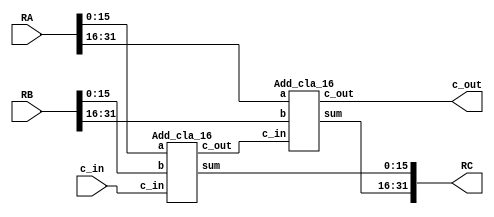
`timescale 1ns/100ps
module Add(
	output [31:0] RC,
	output c_out,
	input [31:0] RA, RB,
	input c_in
);
	wire c_in16;
	Add_cla_16 M1(c_in16, RC[15:0], RA[15:0], RB[15:0], c_in);
	Add_cla_16 M2(c_out, RC[31:16], RA[31:16], RB[31:16], c_in16);
	
endmodule

module Add_cla_16(
	output c_out, 
	output [15:0] sum, 
	input [15:0] a, b, 
	input c_in
);
	wire	c_in4, c_in8, c_in12;
	Add_cla_4 M1(c_in4, sum[3:0], a[3:0], b[3:0], c_in);
	Add_cla_4 M2(c_in8, sum[7:4], a[7:4], b[7:4], c_in4);
	Add_cla_4 M3(c_in12, sum[11:8], a[11:8], b[11:8], c_in8);
	Add_cla_4 M4(c_out, sum[15:12], a[15:12], b[15:12], c_in12);
	
endmodule

module Add_cla_4(
	output c_out, 
	output [3:0] sum, 
	input [3:0] a, b, 
	input c_in
);
	wire [3:0] P, G, c;
	
	assign P = a^b;
	assign G = a&b;
	assign c[0] = c_in;
	assign c[1] = G[0] | (P[0]&c[0]);
	assign c[2] = G[1] | (P[1]&G[0]) | P[1]&P[0]&c[0];
	assign c[3] = G[2] | (P[2]&G[1]) | P[2]&P[1]&G[0] | P[2]&P[1]&P[0]&c[0];
	assign c_out = G[3] | (P[3]&G[2]) | P[3]&P[2]&G[1] | P[3]&P[2]&P[1]&G[0] | P[3]&P[2]&P[1]&P[0]&c[0];
	assign sum[3:0] =P^c;
	
endmodule